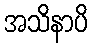
အသိနာပိ